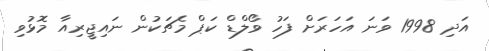
އަދި 1998 ވަނަ އަހަރަށް ފަހު ވޯލްޑް ކަަޕް މެޗަކުން ނައިޖީރިއާ މޮޅުވި